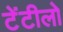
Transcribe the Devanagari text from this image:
टेंटीलो